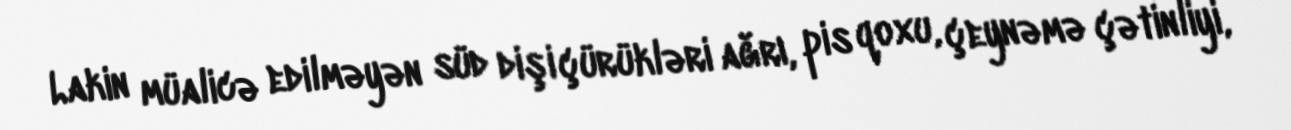
Lakin müalicə edilməyən süd dişi çürükləri ağrı, pis qoxu, çeynəmə çətinliyi,